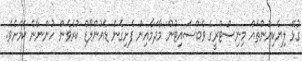
ގުޅޭ ލިޔެކިޔުންތައް މިނިސްޓްރީގެ ވެބްސައިޓުން މާދަމާއިން ފެށިގެން ޑައުންލޯޑް ކުރެވެން ހުންނާނެ ކަމަށެވެ.